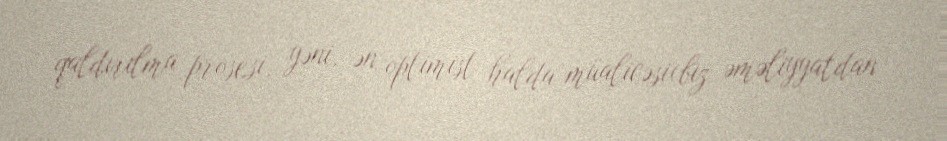
qaldırılma prosesi, yəni, ən optimist halda müalicəsi(biz əməliyyatdan